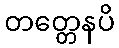
တတ္တေနပိ